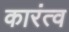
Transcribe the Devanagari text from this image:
कारंत्व